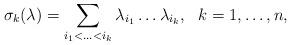
LaTeX: \begin{align*}\sigma_{k} (\lambda) = \sum_ {i_{1} < \ldots < i_{k}}\lambda_{i_{1}} \ldots \lambda_{i_{k}},\ \ k = 1, \ldots, n,\end{align*}